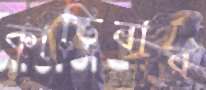
কাড়িবার